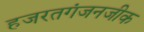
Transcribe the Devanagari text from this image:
हजरतगंजनजीक